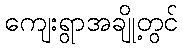
ကျေးရွာအချို့တွင်